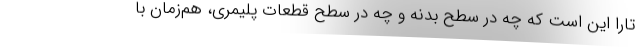
تارا این است که چه در سطح بدنه و چه در سطح قطعات پلیمری، هم‌زمان با